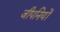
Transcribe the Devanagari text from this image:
जीपनियों